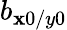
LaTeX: b_{\mathbf{x}0/y0}